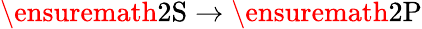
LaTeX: \ensuremath{\mathrm{2S}}\rightarrow\ensuremath{\mathrm{2P}}